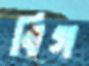
বিগ